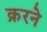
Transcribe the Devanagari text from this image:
क्ररने